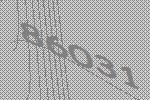
86031